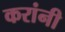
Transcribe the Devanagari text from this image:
करांनी